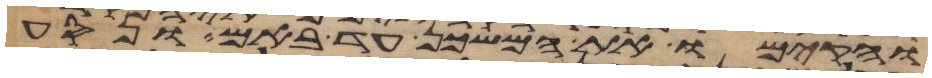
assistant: והקימו את המשכן עד באם ונסע